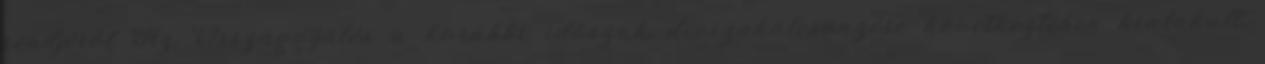
rendjéről Az Országgyűlés a korábbi időszak devizakölcsönzése következtében kialakult